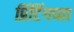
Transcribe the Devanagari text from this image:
प्रिंटिंगच्या